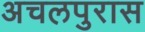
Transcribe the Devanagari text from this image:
अचलपुरास